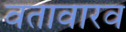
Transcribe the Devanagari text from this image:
वतावारव